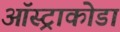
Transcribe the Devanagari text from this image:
ऑस्ट्राकोडा